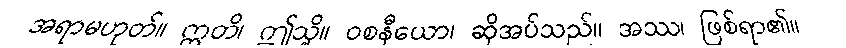
အရာမဟုတ်။ ဣတိ၊ ဤသို့။ ဝစနီယော၊ ဆိုအပ်သည်။ အဿ၊ ဖြစ်ရာ၏။